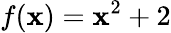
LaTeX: f(\mathbf{x})=\mathbf{x}^{2}+2